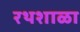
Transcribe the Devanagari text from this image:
रथशाळा